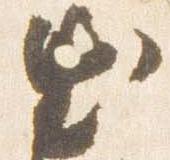
出